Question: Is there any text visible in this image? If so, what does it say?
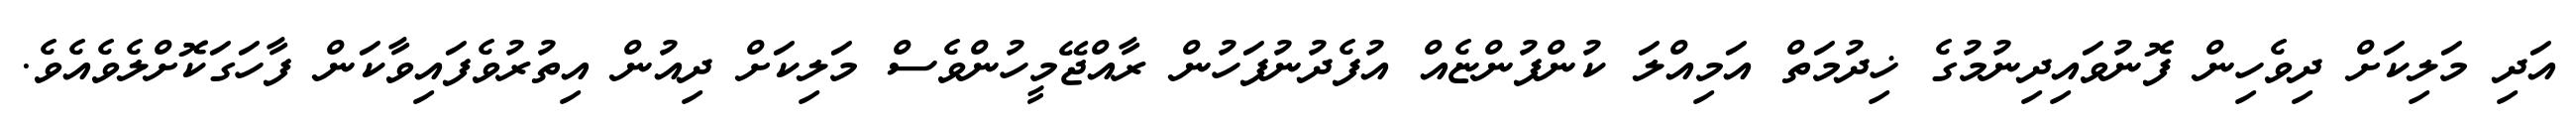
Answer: އަދި މަލިކަށް ދިވެހިން ފޮނުވައިދިނުމުގެ ޚިދުމަތް އަމިއްލަ ކުންފުންޏެއް އުފެދުނުފަހުން ރާއްޖޭމީހުންވެސް މަލިކަށް ދިއުން އިތުރުވެފައިވާކަން ފާހަގަކޮށްލެވެއެވެ.